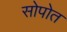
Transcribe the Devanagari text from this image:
सोपोत